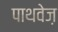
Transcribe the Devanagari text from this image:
पाथवेज़